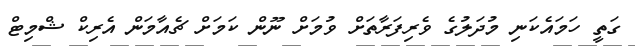
ގަތީ ހަމައެކަނި މުދަލުގެ ވެރިފަރާތަށް ވުމަށް ނޫން ކަމަށް ޗެއާމަން އެރިކް ޝްމިޓް